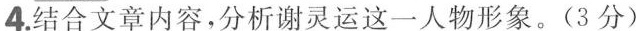
4.结合文章内容，分析谢灵运这一人物形象。(3分)